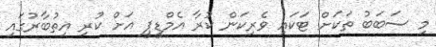
މި ސަބަބު ތަކަށް ޓަކައި ވެރިކަން ކުރާ އެމްޑީޕީ އަށް ކުރި އިތުބާރުގައި